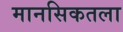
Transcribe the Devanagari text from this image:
मानसिकतला